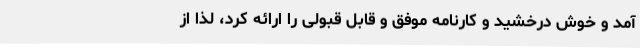
آمد و خوش درخشید و کارنامه موفق و قابل قبولی را ارائه کرد، لذا از